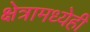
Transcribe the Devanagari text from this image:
क्षेत्रामध्येही